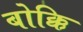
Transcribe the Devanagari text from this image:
बोक्कि